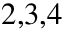
^ { 2 , 3 , 4 }